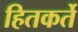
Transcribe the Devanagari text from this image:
हितकर्ते